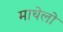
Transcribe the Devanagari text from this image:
माथेलो